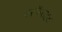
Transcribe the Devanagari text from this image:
परफैराइट